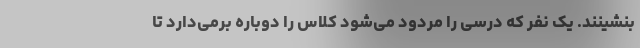
بنشینند. یک نفر که درسی را مردود می‌شود کلاس را دوباره برمی‌دارد تا